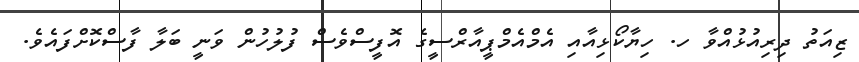
ޒިއަތު ދިރިއުޅުއްވާ ހ. ހިޔާކޯޅިއާއި އެމްއެމްޕީއާރްސީގެ އޮފީސްވެސް ފުލުހުން ވަނީ ބަލާ ފާސްކޮށްފައެވެ.